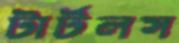
টার্টলস